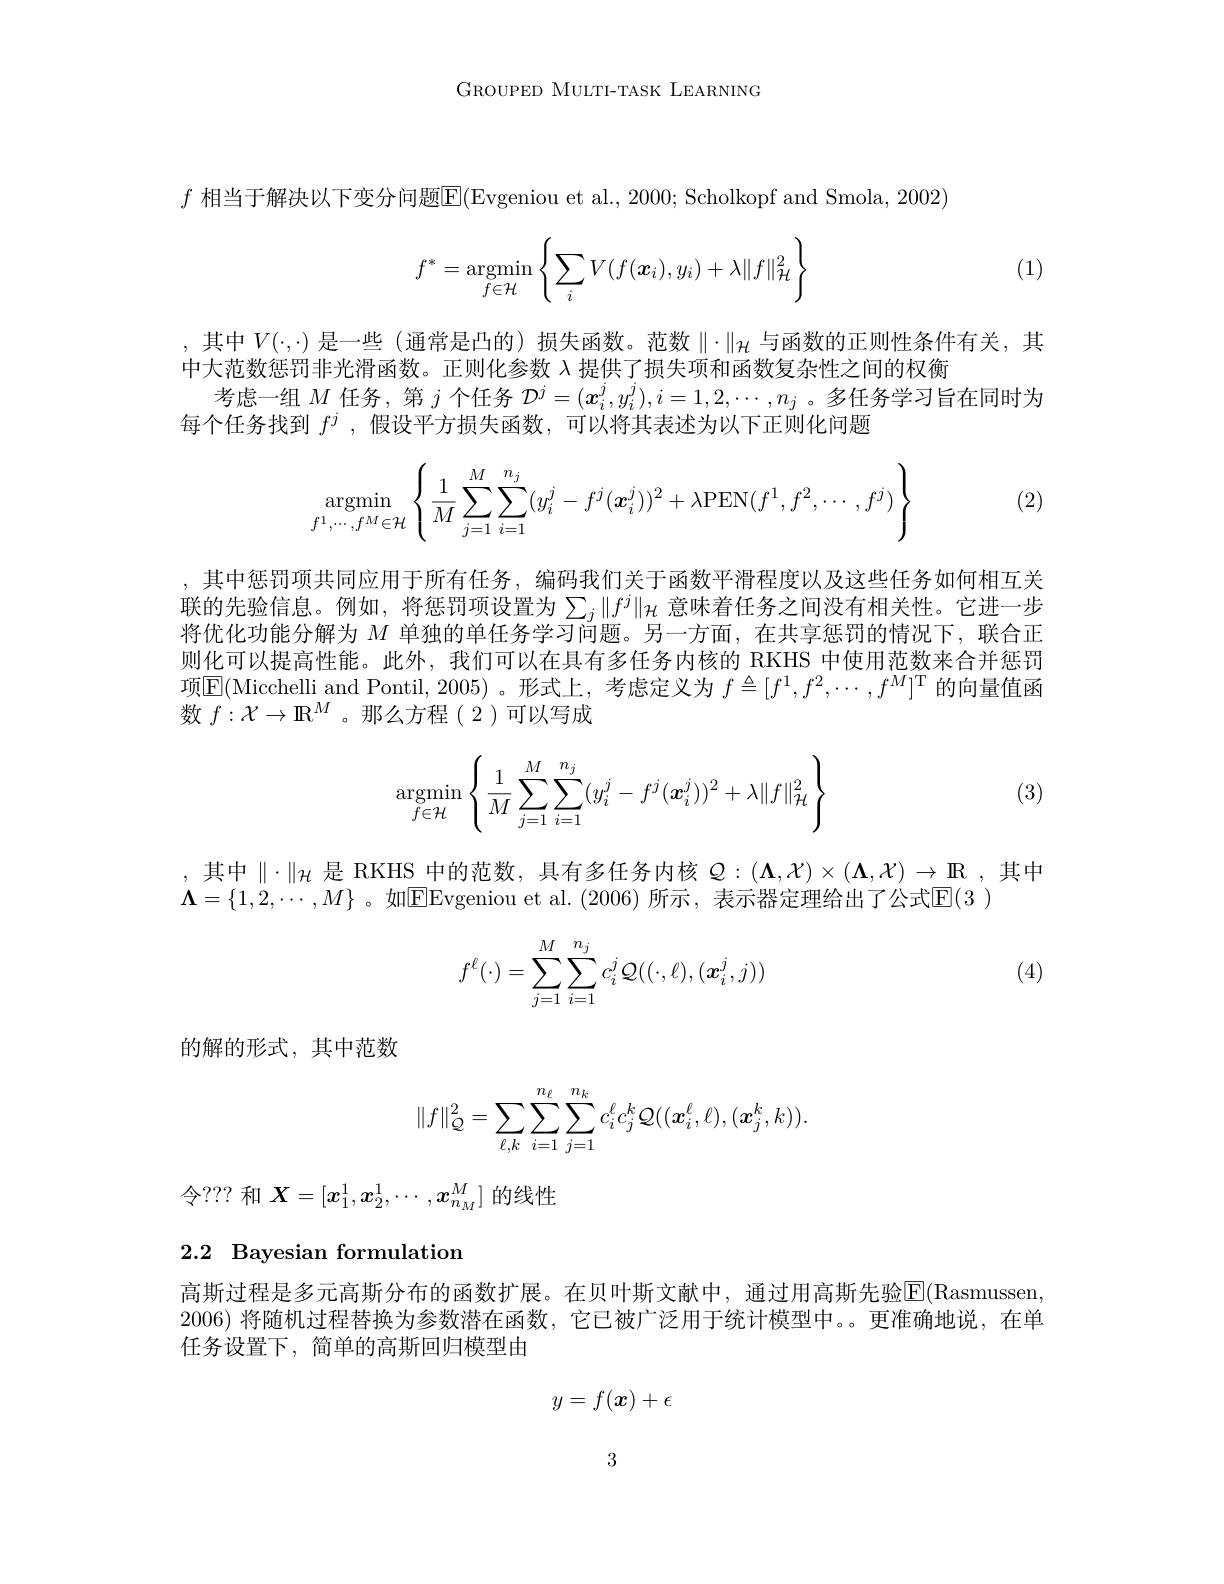
GROUPED MULTI-TASK LEARNING

$f$ 相当于解决以下变分问题$\overline\mathrm E(Evgeniou~et~al.,~2000;~Scholkopf~and~Smola,~2002)$
$$f^*=\underset{f\in\mathcal{H}}{\text{argmin}}\left\{\sum_iV(f(\boldsymbol{x}_i),y_i)+\lambda\|f\|_\mathcal{H}^2\right\}$$
(1)

,其中$V(\cdot,\cdot)$是一些 (通常是凸的) 损失函数。范数$\|\cdot\|_{\mathcal{H}}$与函数的正则性条件有关，其
中大范数惩罚非光滑函数。正则化参数$\lambda$提供了损失项和函数复杂性之间的权衡
考虑一组$M$任务，第$j$个任务$\mathcal{D}^j=(x_i^j,y_i^j),i=1,2,\cdots,n_j$ 。多任务学习旨在同时为
每个任务找到$f^j$ ,假设平方损失函数，可以将其表述为以下正则化问题
$$\underset{f^1,\cdots,f^M\in\mathcal H}{\operatorname*{argmin}}\left\{\frac{1}{M}\sum_{j=1}^{M}\sum_{i=1}^{n_j}(y_i^j-f^j(x_i^j))^2+\lambda\text{PEN}(f^1,f^2,\cdots,f^j)\right\}$$
(2)

,其中惩罚项共同应用于所有任务，编码我们关于函数平滑程度以及这些任务如何相互关联的先验信息。例如，将惩罚项设置为$\sum_j\|f^j\|_{\mathcal{H}}$ 意味着任务之间没有相关性。它进一步将优化功能分解为$M$单独的单任务学习问题。另一方面，在共享惩罚的情况下，联合正则化可以提高性能。此外，我们可以在具有多任务内核的 RKHS 中使用范数来合并惩罚项$\overline{\mathrm{E}}($Micchelli and Pontil,2005)。形式上，考虑定义为 $f\triangleq[f^1,f^2,\cdots,f^M]^\mathrm{T}$ 的向量值函数$f:\mathcal{X}\to\mathbb{R}^{M}$。那么方程(2)可以写成

(3)
$$\underset{f\in\mathcal{H}}{\operatorname*{argmin}}\left\{\frac{1}{M}\sum_{j=1}^{M}\sum_{i=1}^{n_{j}}(y_{i}^{j}-f^{j}(\boldsymbol{x}_{i}^{j}))^{2}+\lambda\|f\|_{\mathcal{H}}^{2}\right\}$$
,其中$\|\cdot\|_H$ 是 RKHS 中的范数，具有多任务内核 $\mathcal{Q}:(\Lambda,\mathcal{X})\times(\Lambda,\mathcal{X})\to\mathbb{R}$, 其中
$\boldsymbol{\Lambda}=\{1,2,\cdots,M\}$ 。如$\boxed\text{E}$Evgeniou et al.(2006)所示，表示器定理给出了公式$\mathbb{E}(3)$
$$f^\ell(\cdot)=\sum_{j=1}^M\sum_{i=1}^{n_j}c_i^j\mathcal{Q}((\cdot,\ell),(\boldsymbol{x}_i^j,j))$$
(4)

的解的形式，其中范数
$$\|f\|_{\mathcal{Q}}^2=\sum_{\ell,k}\sum_{i=1}^{n_\ell}\sum_{j=1}^{n_k}c_i^\ell c_j^k\mathcal{Q}((\boldsymbol{x}_i^\ell,\ell),(\boldsymbol{x}_j^k,k)).$$
令？?? 和$\boldsymbol X=[x_1^1,x_2^1,\cdots,\boldsymbol{x}_{n_M}^M]$的线性

## 2.2 Bayesian formulation

高斯过程是多元高斯分布的函数扩展。在贝叶斯文献中，通过用高斯先验$\overline{\mathrm{E}}($Rasmussen, 2006)将随机过程替换为参数潜在函数，它已被广泛用于统计模型中。。更准确地说，在单任务设置下，简单的高斯回归模型由
$$y=f(x)+\epsilon $$
3